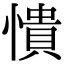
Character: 憒